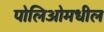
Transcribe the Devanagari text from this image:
पोलिओमधील